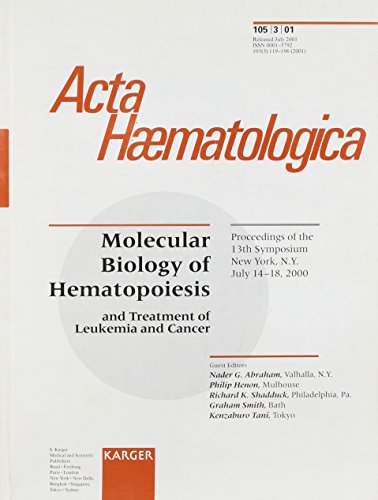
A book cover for Molecular Biology of Hematopoiesis and Treatment of Leukemia and Cancer: 13th Symposium, New York, N.Y., July 2000: Proceedings (Acta Haematologica, 3); Health, Fitness & Dieting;